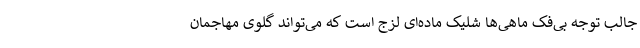
جالب توجه بی‌فک ماهی‌ها شلیک ماده‌ای لزج است که می‌تواند گلوی مهاجمان